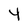
Character: 4